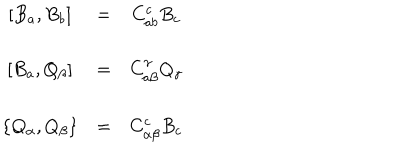
\begin{array} { c c c } { { \left[ B _ { a } , B _ { b } \right] } } & { { = } } & { { C _ { a b } ^ { c } B _ { c } } } \\ { { } } & { { } } & { { } } \\ { { \left[ B _ { a } , Q _ { \beta } \right] } } & { { = } } & { { C _ { a \beta } ^ { \gamma } Q _ { \gamma } } } \\ { { } } & { { } } & { { } } \\ { { \left\{ Q _ { \alpha } , Q _ { \beta } \right\} } } & { { = } } & { { C _ { \alpha \beta } ^ { c } B _ { c } } } \\ \end{array}